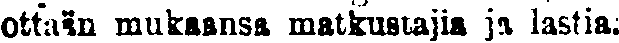
ottaiin mukaansa matkustajia ja lastia: